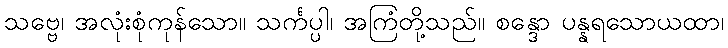
သဗ္ဗေ၊ အလုံးစုံကုန်သော။ သင်္ကပ္ပါ၊ အကြံတို့သည်။ စန္ဒော ပန္နရသောယထာ၊